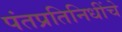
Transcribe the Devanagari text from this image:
पंतप्रतिनिधींचे